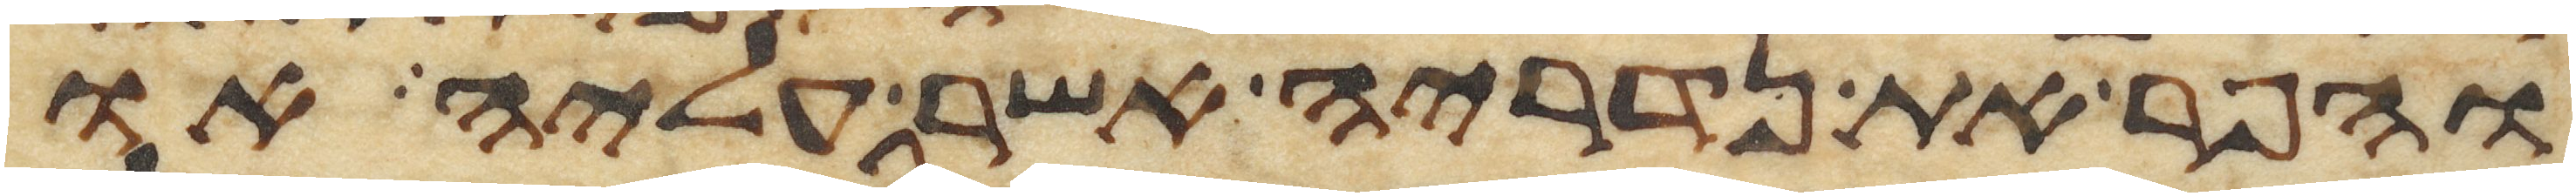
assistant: והפר את נדריה אשר עליה או